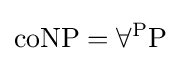
\mathrm {coNP} =\forall ^{\mathrm {P} }\mathrm {P}